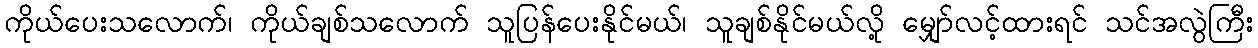
ကိုယ်ပေးသလောက်၊ ကိုယ်ချစ်သလောက် သူပြန်ပေးနိုင်မယ်၊ သူချစ်နိုင်မယ်လို့ မျှော်လင့်ထားရင် သင်အလွဲကြီး